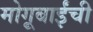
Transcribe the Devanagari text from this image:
मोगूबाईंची